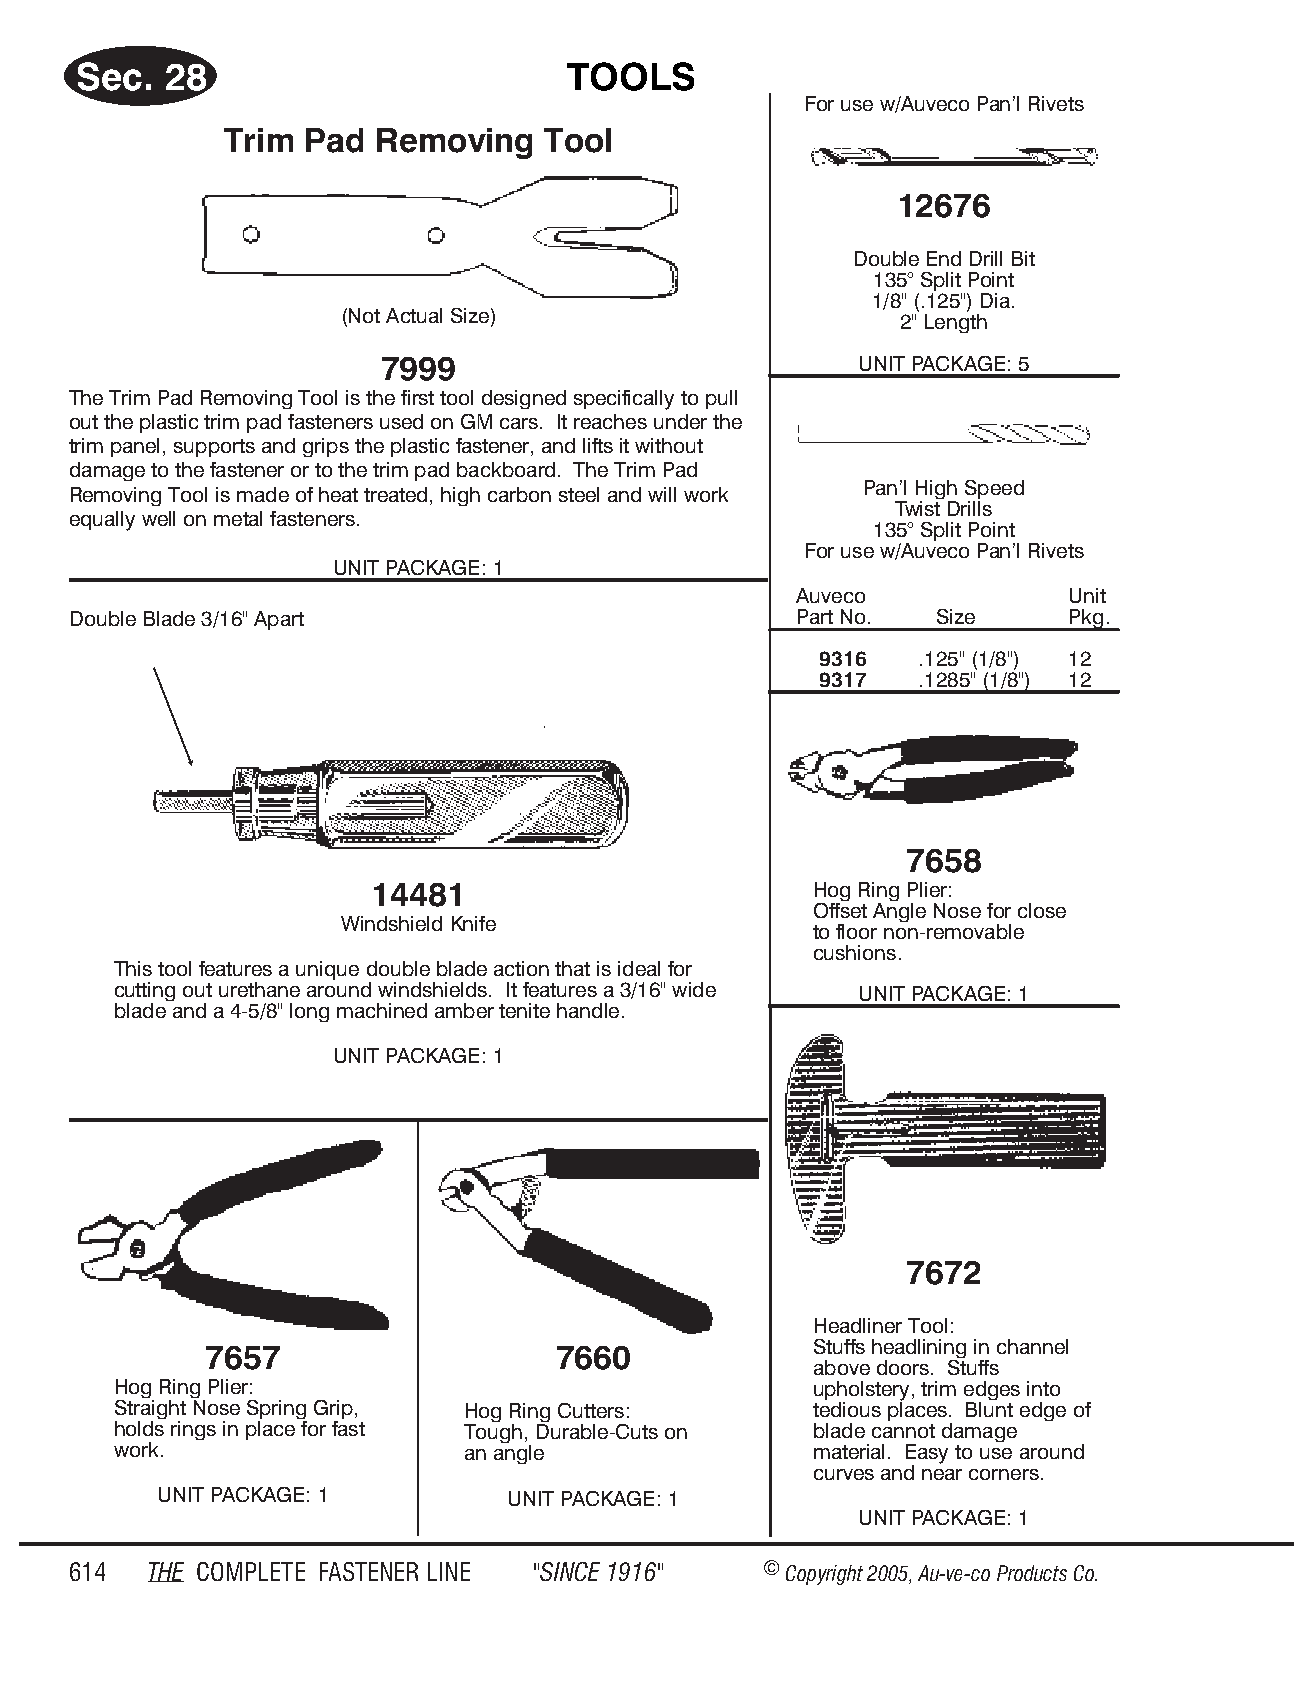
Sec.  28                         TOOLS
 For use w/Auveco Pan’l Riv ets
 Trim Pad  Removing   Tool
 12676
 Dou ble End Drill Bit
 135° Split Point
 1/8" (.125") Dia.
 (Not Act ual Size)                   2" Length
 7999                            UNIT PACK AGE: 5
 The Trim Pad Removing Tool is the first tool designed specifically to pull
 out the plastic trim pad fasteners used on GM cars. It reaches under the
 trim panel, supports and grips the plastic fastener, and lifts it without
 damage to the fastener or to the trim pad backboard. The Trim Pad
 Pan’l High Speed
 Removing Tool is made of heat treated, high carbon steel and will work
 Twist Drills
 equally well on metal fasteners.
 135° Split Point
 For use w/Auveco Pan’l Riv ets
 UNIT PACK AGE: 1
 Auveco            Unit
 Double Blade 3/16" Apart                        Part No. Size     Pkg.
 9316   .125" (1/8") 12
 9317   .1285" (1/8") 12
 7658
 14481                        Hog Ring Plier:
 Offset Angle Nose for close
 Wind shield Knife
 to floor non-removable
 cushions.
 This tool features a unique double blade action that is ideal for
 cutting out urethane around windshields. It features a 3/16" wide UNIT PACK AGE: 1
 blade and a 4-5/8" long machined amber tenite handle.
 UNIT PACK AGE: 1
 7672
 Headliner Tool:
 7657                   7660             Stuffs headlining in channel
 above doors. Stuffs
 Hog Ring Plier:                               upholstery, trim edges into
 Straight Nose Spring Grip, Hog Ring Cutters:  tedious places. Blunt edge of
 holds rings in place for fast Tough, Durable-Cuts on blade cannot damage
 work.                  an angle               material. Easy to use around
 curves and near corners.
 UNIT PACK AGE: 1       UNIT PACK AGE: 1
 UNIT PACK AGE: 1
 614  THE COM PLETE FAST ENER LINE "SINCE 1916" © Copyr ight 2005, Au-ve-co Produ cts Co.